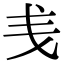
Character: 㦮